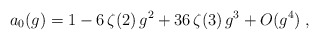
\begin{align*} a_0 (g) = 1 - 6 \, \zeta (2) \, g^2 + 36 \, \zeta (3) \, g^3 + O(g^4) \; ,\end{align*}